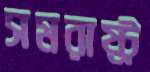
সমরাষ্ট্র